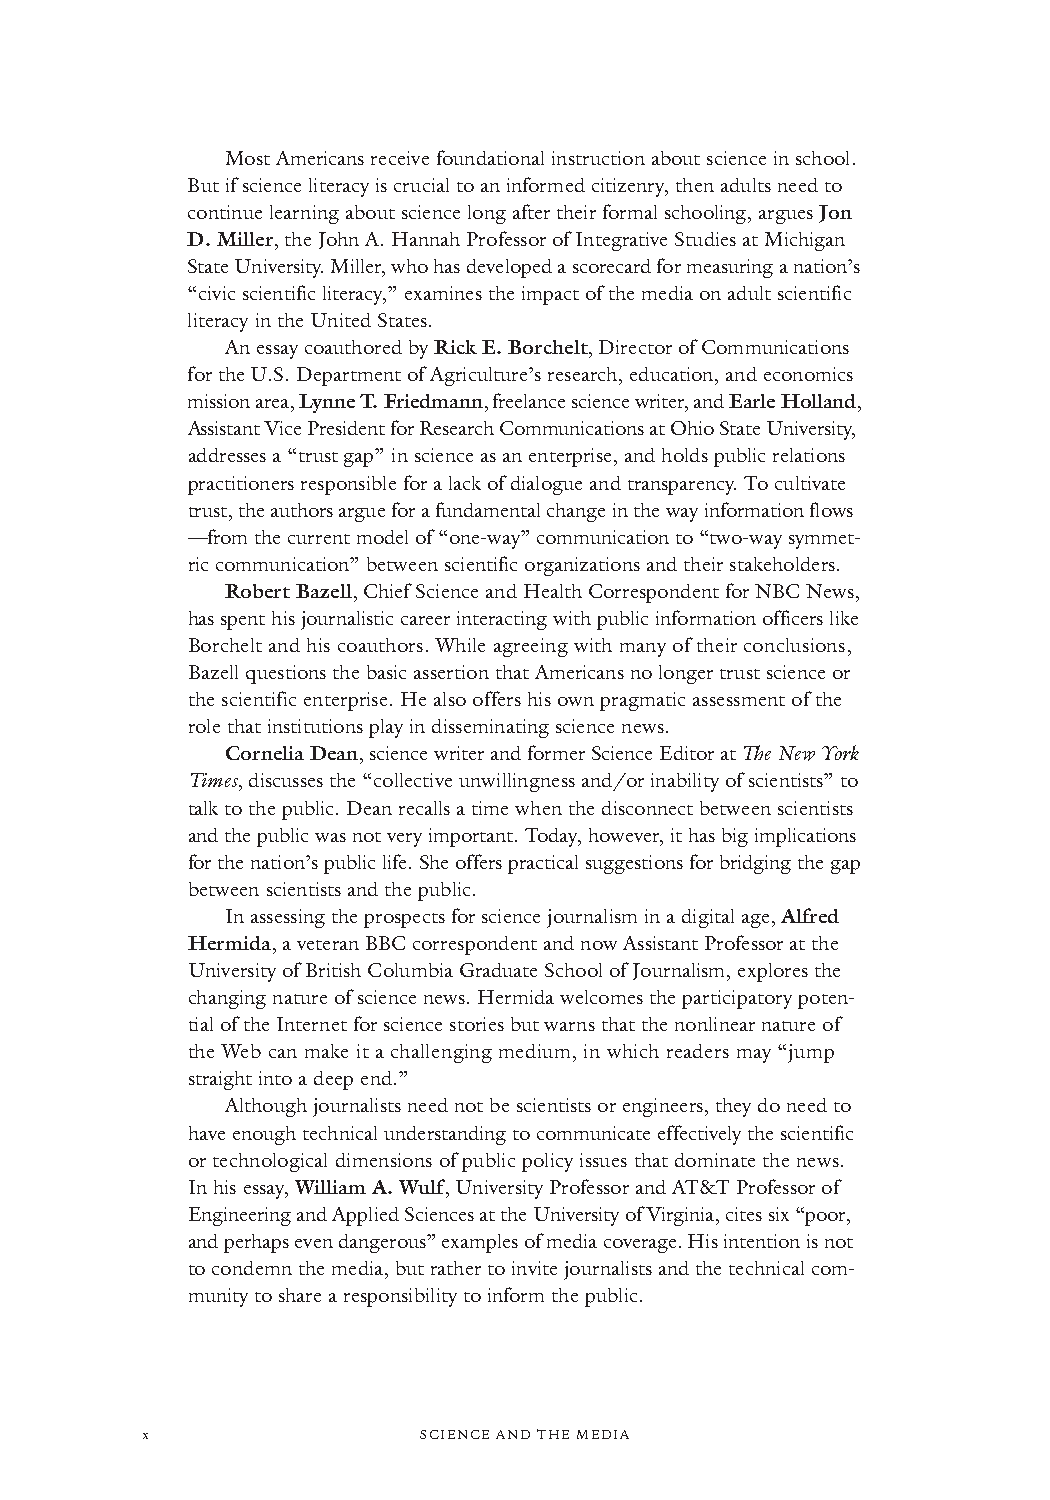
Most Americans receive foundational instruction about science in school.
 But if science literacy is crucial to an informed citizenry, then adults need to
 continue learningabout science long after their formal schooling, argues Jon
 D. Miller, the John A. Hannah Professor of Integrative Studies atMichigan
 State University. Miller, who has developed a scorecard for measuring a nation’s
 “civic scientific literacy,” examines the impact of the media on adult scientific
 literacy in the United States.
 An essay coauthored by Rick E. Borchelt, Director of Communications
 for the U.S. Department of Agriculture’s research, education, and economics
 mission area, LynneT. Friedmann, freelance science writer, and Earle Holland,
 Assistant Vice President for Research Communications at Ohio State University,
 addresses a “trust gap” in science as an enterprise, and holds public relations
 practitioners responsible for a lack of dialogue and transparency. To cultivate
 trust, the authors argue for a fundamental change in the way information flows
 —from the current model of “one-way” communication to “two-way symmet-
 riccommunication” between scientific organizations and their stakeholders.
 Robert Bazell, Chief Science and Health Correspondent for NBC News,
 has spent his journalistic career interacting with public information officers like
 Borchelt and his coauthors. While agreeing with many of their conclusions,
 Bazell questions the basic assertion that Americans no longer trust science or
 the scientific enterprise. He also offers his own pragmatic assessment of the
 role that institutions play in disseminating science news.
 Cornelia Dean, science writer and former Science Editor atTheNew York
 Times,discusses the “collective unwillingness and/or inability of scientists” to
 talk to the public. Dean recalls a time when the disconnect between scientists
 and the public was not very important. Today, however, it has big implications
 for the nation’s public life. She offers practical suggestions for bridging the gap
 between scientists and the public.
 In assessingthe prospects for science journalism in a digital age, Alfred
 Hermida, a veteran BBC correspondent andnowAssistant Professor at the
 University of British Columbia Graduate School of Journalism, explores the
 changing nature of science news. Hermida welcomes the participatory poten-
 tial of the Internet for science stories but warns that the nonlinear nature of
 the Web can make it a challenging medium, in which readers may “jump
 straight into a deep end.”
 Although journalists need not be scientists or engineers, they do need to
 have enough technical understanding to communicateeffectively the scientific
 or technological dimensions of public policy issues that dominate the news.
 In his essay, William A. Wulf, University Professor and AT&T Professor of
 Engineering and Applied Sciences at the University of Virginia,cites six “poor,
 and perhaps even dangerous” examples of media coverage. His intention is not
 to condemn the media, but rather to invite journalists and the technical com-
 munity to share a responsibility to inform the public.
 x                  SCIENCE AND THE MEDIA